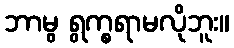
ဘာမွ ရွက္စရာမလိုဘူး။